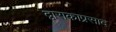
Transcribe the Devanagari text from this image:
द्वाराकाप्रसाद